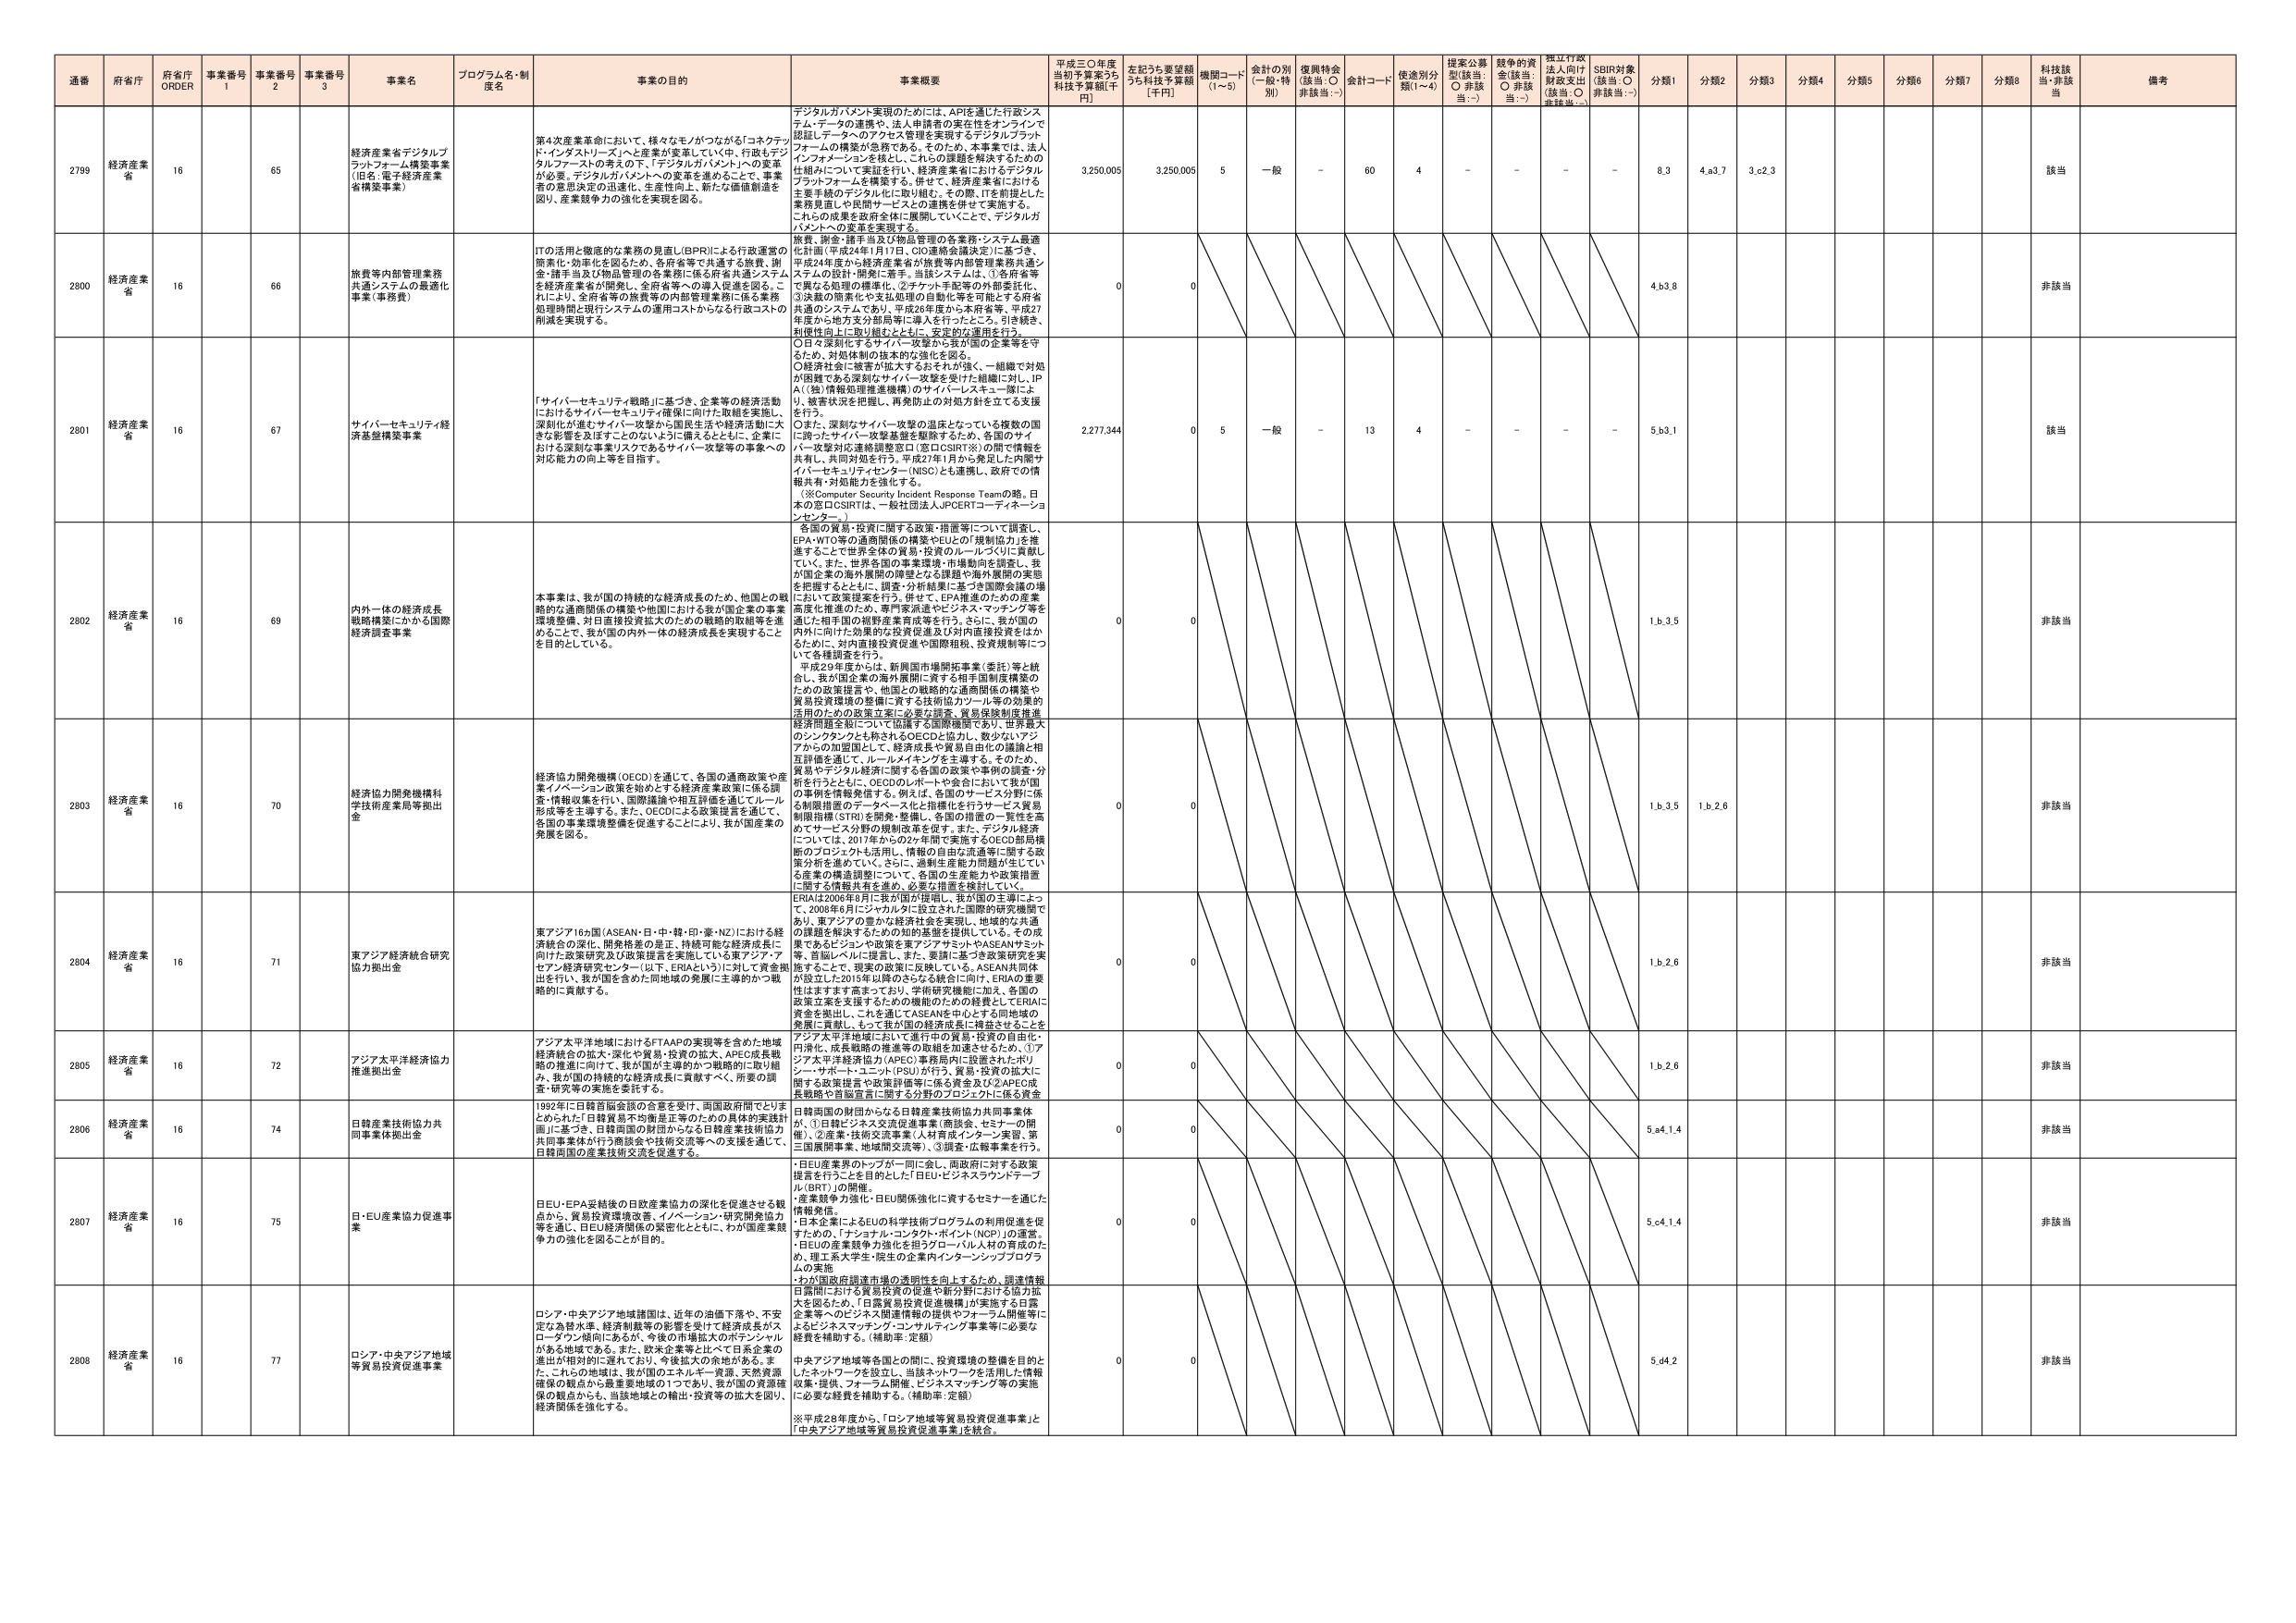
通番 府省庁 府省庁 ORDER 事業番号 1 事業番号 2 事業番号 3 事業名 プログラム名・制度名 事業の目的 事業概要 平成三〇年度当初予算案うち 科技予算額[千円] 左記うち要望額うち科技予算額 [千円] 機関コード (1～5) 金計の別 (一般・特別) 復興特金 (該当：○ 非該当：-) 金計コード 使途別分類(1～4) 提案公募型(該当：○ 非該当：-) 競争的資金(該当：○ 非該当：-) 独立行政法人向け財政支出 (該当：○ 非該当：-) SDBIR対象 (該当：○ 非該当：-) 分類1 分類2 分類3 分類4 分類5 分類6 分類7 分類8 科技該当・非該当 備考

2799 経済産業省 16 65 経済産業省デジタルプラットフォーム構築事業 (旧名：電子経済産業省構築事業) 第4次産業革命において、様々なモノがつながる「コネクテッド・インダストリーズ」へと産業が変革していく中、行政もデジタルプラットフォームの導入の下、「デジタルガバメント」への変革が必要。デジタルガバメントへの変革を進めることで、事業者の意思決定の迅速化、生産性向上、新たな価値創造を図り、産業競争力の強化を実現する。 デジタルガバメント実現のためには、APIを通じた行政システム・データの連携や、法人申請者の実在性をオンラインで認証しデータのアクセス管理を実現するデジタルプラットフォームの構築が急務である。そのため、本事業では、法人インフォメーションを核とし、これらの課題を解決するための仕組みについて実証を行い、経済産業省におけるデジタルプラットフォームを構築する。併せて、経済産業省における主要事務のデジタル化に取り組む。その際、ITを前提とした業務見直しや民間サービスとの連携を併せて実施する。これらの成果を政府全体に展開していくことで、デジタルガバメントへの変革を実現する。 3,250,005 3,250,005 5 一般 - 60 4 - - - - 8.3 4.a3.7 3.c2.3 該当

2800 経済産業省 16 66 旅費等内部管理業務共通システムの最適化事業（事務費） ITの活用と機密的な業務の見直し（BPR）による行政運営の簡素化・効率化を図るため、各府省等で共通する旅費、謝金・諸手当及び物品管理の各業務に係る府省共通システムを経済産業省が開発し、全府省等への導入促進を図る。これにより、全府省等の旅費等の内部管理業務に係る業務処理時間と現行システムの運用コストからなる行政コストの削減を実現する。 旅費、謝金・諸手当及び物品管理の各業務・システム最適化計画（平成24年1月17日、CIO連絡会議決定）に基づき、平成24年度から経済産業省が旅費等内部管理業務共通システムの設計・開発に着手。当該システムは、①各府省等で異なる処理の標準化、②チェック手配等の外部委託化、③決裁の簡素化や支払処理の自動化等を可能とする府省共通のシステムであり、平成26年度から本府省等、平成27年度から地方支分部局等に導入を行ったところ、引き続き、利便性向上に取り組むとともに、安定的な運用を行う。 0 0 4.b3.8 非該当

2801 経済産業省 16 67 サイバーセキュリティ経済基盤構築事業 「サイバーセキュリティ戦略」に基づき、企業等の経済活動におけるサイバーセキュリティ確保に向けた取組を実施し、深刻化が進むサイバー攻撃から国民生活や経済活動に大きな影響を及ぼすことのないよう、備えるとともに、企業における深刻な事案リスクであるサイバー攻撃等の事案への対応能力の向上等を目指す。 〇日々深刻化するサイバー攻撃から我が国の企業等を守るため、対処体制の抜本的な強化を図る。 〇経済社会に被害が拡大するとそれが強く、一組織で対処が困難である深刻なサイバー攻撃を受けた組織に対し、IPA（（独）情報処理推進機構）のサイバーレスキュー隊により、被害状況を把握し、再発防止の対処方針を立てる支援を行う。 〇また、深刻なサイバー攻撃の温床となっている複数の国に跨ったサイバー攻撃基盤を駆除するため、各国のサイバー攻撃対応連絡調整窓口（窓口CSIRT※）の間で情報を共有し、共同対処を行う。平成27年1月から発足した内閣サイバーセキュリティセンター（NISC）とも連携し、政府での情報共有・対処能力を強化する。 （※Computer Security Incident Response Teamの略。日本の窓口CSIRTは、一般社団法人JPCERTコーディネーションセンター） 2,277,344 0 5 一般 - 13 4 - - - - 5.b3.1 該当

2802 経済産業省 16 69 内外一体の経済成長戦略構築にかかる国際経済調査事業 本事業は、我が国の持続的な経済成長のため、他国との戦略的な通商関係の構築や他国における我が国企業の事業環境整備、対日直接投資拡大のための戦略的取組等を進めるることで、我が国の内外一体の経済成長を実現することを目的としている。 各国の貿易・投資に関する政策・措置等について調査し、EPA・WTO等の通商関係の構築やEUとの「規制協力」を推進することで世界全体の貿易・投資のルールづくりに貢献していく。また、世界各国の事業環境・市場動向を調査し、我が国企業の海外展開の課題となる課題や海外展開の意思を把握するとともに、調査・分析結果に基づき国際会議の場において政策提案を行う。併せて、EPA推進のための産業高度化推進のため、専門家派遣やビジネス・マッチング等を通じた相手国の裾野産業育成等を行う。さらに、我が国の内外に向けた投資の活性化促進及び対内直接投資をはかるために、対内直接投資促進や国際租税、投資規制等について各種調査を行う。 平成29年度からは、新興国市場開拓事業（委託）等と統合し、我が国企業の海外展開に資する相手国制度構築のための政策提言や、他国との戦略的な通商関係の構築や貿易投資環境の整備に資する技術協力ツール等の効果的活用のための政策立案に必要な調査、貿易保険制度推進経済関連を経て、こうした課題を国際機関であり、世界最大のシンクタンクとも称されるOECDと協力し、数少ないアジアからの加盟国として、経済成長や貿易自由化の議論と相互評価を通じて、ルールメイキングを主導する。そのため、貿易やデジタル経済に関する各国の政策や事例の調査・分析を行うとともに、OECDのパートや会合において我が国の意見を情報発信する。例えば、各国のサービス分野に係る制限措置のデータベースと指標化を行うサービス貿易制限指標（STRI）を開発・整備し、各国の措置の一覧性を高めてサービス分野の規制改革を促す。また、デジタル経済については、2017年から2020年間で実施するOECD部局横断のプロジェクトも活用し、情報の自由な流通等に関する政策分析を進めていく。さらに、過剰生産能力問題が生じている産業の構造調整について、各国の生産能力や政策措置に関する情報共有を進め、必要な措置を検討していく。 0 0 1.b3.5 非該当

2803 経済産業省 16 70 経済協力開発機構科学技術産業局等拠出金 経済協力開発機構（OECD）を通じて、各国の通商政策や産業イノベーション政策を始めとする経済産業政策に係る調査・情報収集を行い、国際議論や相互評価を通じてルール形成等を主導する。また、OECDによる政策提言を通じて、各国の事業環境整備を促進することにより、我が国産業の発展を図る。 0 0 1.b3.5 1.b2.6 非該当

2804 経済産業省 16 71 東アジア16ヵ国（ASEAN・日・中・韓・印・豪・NZ）における経済統合の深化、開発格差の是正、持続可能な経済成長に向けた政策研究及び政策提言を実施している東アジア・アセアン経済研究センター（以下、ERIAという）に対して資金拠出を行い、我が国を含めた同地域の発展に主導的かつ戦略的に貢献する。 ERIAは2006年9月に我が国の提唱し、東アジアの3国に加えて、2008年6月にシンガポールに設立された国際的研究機関であり、東アジアの豊かな経済社会を実現し、地域的な共通課題を解決するための知的基盤を提供している。その成果であるビジョンや政策立案、アフリカやASEAN経済等、首脳レベルに提言し、また、要請に基づき政策研究を実施することで、現実の政策に反映している。ASEAN共同体が設立した2015年以降のさらなる統合に向け、ERIAの重要性はますます高まっており、学術研究機能に加え、各国の政策立案を支援するための機能のための経費としてERIAに資金を拠出し、これを通じてASEANを中心とする同地域の発展に貢献し、もって我が国の経済成長に裨益させることを 0 0 1.b2.6 非該当

2805 経済産業省 16 72 アジア太平洋経済協力推進拠出金 アジア太平洋地域におけるFTAAPの実現等を含めた地域経済統合の拡大・深化や貿易・投資の拡大、APEC成長戦略の推進に向けて、我が国が主導的かつ戦略的に取り組み、我が国の持続的な経済成長に貢献すべく、所要の調査・研究等の実施を支援する。 アジア太平洋地域において進行中の貿易・投資の自由化・円滑化、成長戦略の推進等の取組を加速させるため、①アジア太平洋経済協力（APEC）事務局内に設置された、ポリシー・サポート・ユニット（PSU）が行う、貿易・投資の拡大に関する政策提言や政策評価等に係る資金及び②APEC成長戦略や首脳宣言に関する分野のプロジェクトに係る資金 0 0 1.b2.6 非該当

2806 経済産業省 16 74 日韓産業技術協力共同事業拠出金 1992年に日韓首脳会談の合意を受け、両国政府間でとりまとめられた「日韓貿易不均衡是正等のための具体的実践計画」に基づき、日韓両国の財団からなる日韓産業技術協力共同事業体が行う商談会や技術交流等への支援を通じて、日韓両国の産業技術交流を促進する。 日韓両国の財団からなる日韓産業技術協力共同事業体が、①日韓ビジネス交流促進事業（商談会、セミナーの開催）、②産業・技術交流事業（人材育成・インターン実習、第2国展開事業、地域間交流等）、③調査・広報事業を行う。 0 0 5.e4.1.4 非該当

2807 経済産業省 16 75 日・EU産業協力促進事業 日EU・EPA妥結後の日欧産業協力の深化を促進させる観点から、貿易投資環境改善、イノベーション・研究開発協力等を通じ、日EU経済関係の緊密化とともに、わが国産業競争力の強化を図ることが目的。 ・日EU産業界のトップが一同に会し、両政府に対する政策提言を行うことを目的とした「日EU・ビジネスラウンドテーブル（BRT）」の開催。 ・産業競争力強化・日EU関係強化に資するセミナーを通じた情報発信。 ・日本企業によるEUの科学技術プログラムの利用促進を促すための、「ナショナル・コンタクト・ポイント（NCP）」の運営。 ・日EUの産業競争力強化を担うグローバル人材の育成のため、理工系大学生・院生の企業内インターンシッププログラムの実施 ・わが国政府調達市場の透明性を向上するため、調達情報日露間における貿易投資の促進や新分野における協力拡大を図るため、「日露貿易投資促進機構」が実施する日露企業等へのビジネス関連情報の提供やフォーラム開催等によるビジネスマッチング・コンサルティング事業等に必要な経費を補助する。（補助率：定額） 0 0 5.c4.1.4 非該当

2808 経済産業省 16 77 ロシア・中央アジア地域等貿易投資促進事業 ロシア・中央アジア地域諸国は、近年の油価下落や、不安定な為替水準、経済制裁等の影響を受けた経済成長のスローダウン傾向にあるが、今後の市場拡大のポテンシャルがある地域である。また、欧米企業等と比べて日系企業の進出が相対的に遅れており、今後拡大の余地がある。また、これらの地域は、我が国のエネルギー供給、天然資源確保の観点からも重要地域の1つであり、我が国の資源確保の観点からも、当該地域との輸出・投資等の拡大を図り、経済関係を強化する。 中央アジア地域等各国との間で、投資環境の整備を目的としたネットワークを設立し、当該ネットワークを活用した情報収集・提供、フォーラム開催、ビジネスマッチング等の実施に必要な経費を補助する。（補助率：定額） ※平成28年度から、「ロシア地域等貿易投資促進事業」と「中央アジア地域等貿易投資促進事業」を統合。 0 0 5.d4.2 非該当